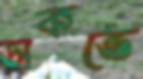
ডাকতে